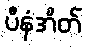
ပီနံအိတ်